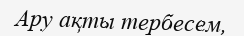
Ару ақты тербесем,